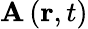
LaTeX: \mathbf{A}\left(\mathbf{r},t\right)